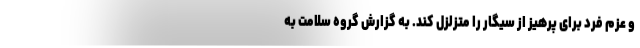
و عزم فرد برای پرهیز از سیگار را متزلزل کند. به گزارش گروه سلامت به